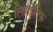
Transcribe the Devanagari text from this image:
लियोंतिफ